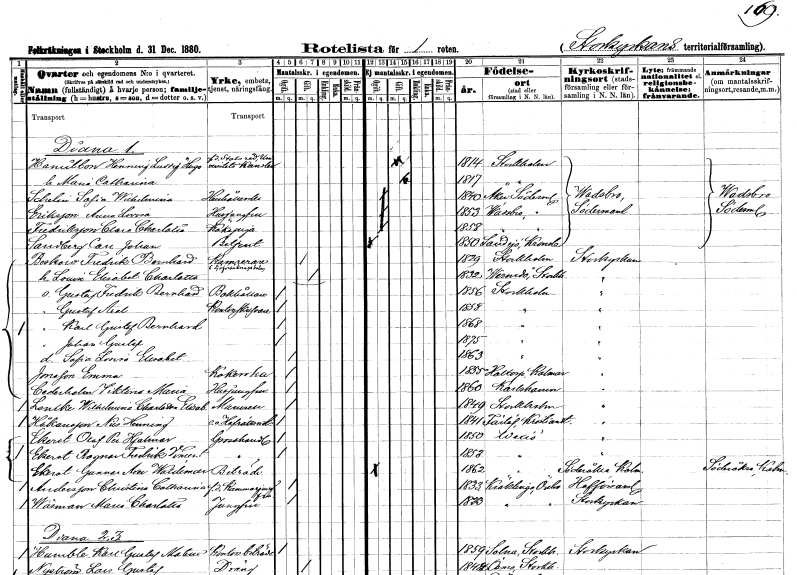
gt_parse: households: individuals: FN: Henning Ludvig Hugo
EN: Hamilton
YRKE: Universitetskansler Statsråd f.d.
KON: M
CIV: G
FODAR: 1814
FODFORS: Stockholm
FN: Maria Catharina
KON: K
CIV: G
FODAR: 1817
FODFORS: Stockholm
FN: Sofia Wilhelmina
EN: Schelin
YRKE: Hushållerska
KON: K
CIV: O
FODAR: 1840
FODFORS: Åker Södermanlands län
FN: Anna Lovisa
EN: Eriksson
YRKE: Husjungfru
KON: K
CIV: O
FODAR: 1853
FODFORS: Vadsbro Södermanlands län
FN: Clara Charlotta
EN: Fredriksson
YRKE: Kökspiga
KON: K
CIV: O
FODAR: 1858
FODFORS: Vadsbro Södermanlands län
FN: Carl Johan
EN: Sandberg
YRKE: Betjänt
KON: M
CIV: O
FODAR: 1850
FODFORS: Sandsjö Kronobergs län
FN: Fredrik Bernhard
EN: Beskow
YRKE: Kamrerare i Livförsäkringsbolag
KON: M
CIV: G
FODAR: 1829
FODFORS: Stockholm
FN: Lovisa Elisabet Charlotta
KON: K
CIV: G
FODAR: 1832
FODFORS: Värmdö Stockholms län
FN: Gustaf Fredrik Bernhard
YRKE: Bokhållare
KON: M
CIV: O
FODAR: 1856
FODFORS: Stockholm
FN: Gustaf Axel
YRKE: Kontorsskrivare
KON: M
CIV: O
FODAR: 1858
FODFORS: Stockholm
FN: Karl Gustaf Bernhard
KON: M
CIV: O
FODAR: 1868
FODFORS: Stockholm
FN: Johan Gustaf
KON: M
CIV: O
FODAR: 1875
FODFORS: Stockholm
FN: Sofia Lovisa Elisabet
KON: K
CIV: O
FODAR: 1863
FODFORS: Stockholm
FN: Emma
EN: Jonsson
YRKE: Kokerska
KON: K
CIV: O
FODAR: 1855
FODFORS: Halltorp Kalmar län
FN: Viktoria Maria
EN: Cederholm
YRKE: Husjungfru
KON: K
CIV: O
FODAR: 1860
FODFORS: Karlshamn Blekinge län
FN: Wilhelmina Charlotta Elisabet
EN: Lenike
KON: K
CIV: O
FODAR: 1849
FODFORS: Stockholm
FN: Nils Henning
EN: Håkansson
YRKE: Hovrättsnotarie e. o.
KON: M
CIV: O
FODAR: 1841
FODFORS: Färlöv Kristianstads län
FN: Olof Hjalmar
EN: Ekerot
YRKE: Grosshandlare
KON: M
CIV: O
FODAR: 1850
FODFORS: Växjö Kronobergs län
FN: Ragnar Fredrik Vincent
EN: Ekerot
YRKE: Grosshandlare
KON: M
CIV: O
FODAR: 1853
FODFORS: Växjö Kronobergs län
FN: Gunnar Axel Waldemar
EN: Ekerot
YRKE: Biträde
KON: M
CIV: O
FODAR: 1862
FODFORS: Växjö Kronobergs län
FN: Christina Catharina
EN: Andersson
YRKE: Kammarjungfru f.d.
KON: K
CIV: O
FODAR: 1833
FODFORS: Kräcklinge Örebro län
FN: Maria Charlotta
EN: Wäsman
YRKE: Jungfru
KON: K
CIV: O
FODAR: 1823
FODFORS: Kräcklinge Örebro län